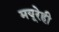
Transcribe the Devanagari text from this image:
मयूरेही